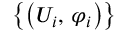
\left\{ \left( U _ { i } , \, \varphi _ { i } \right) \right\}